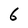
Character: 6